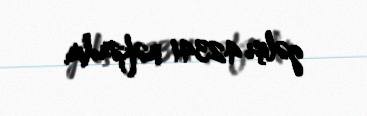
gəlişi 42341 nəfərdir.